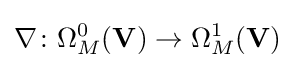
\nabla \colon \Omega _{M}^{0}(\mathbf {V} )\to \Omega _{M}^{1}(\mathbf {V} )